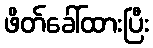
ဖိတ်ခေါ်ထားပြီး